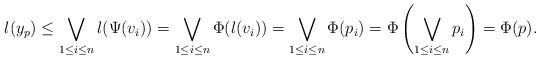
LaTeX: \begin{align*}l(y_p)\leq \bigvee_{1\leq i\leq n}l(\Psi(v_i))=\bigvee_{1\leq i\leq n}\Phi(l(v_i))= \bigvee_{1\leq i\leq n}\Phi(p_i) = \Phi\left(\bigvee_{1\leq i\leq n}p_i\right)=\Phi(p).\end{align*}